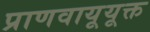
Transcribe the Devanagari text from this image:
प्राणवायूयूक्त